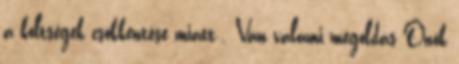
a költségek csökkentése miatt . Van valami megoldás Önök